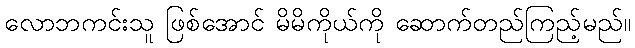
လောဘကင်းသူ ဖြစ်အောင် မိမိကိုယ်ကို ဆောက်တည်ကြည့်မည်။